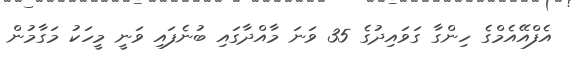
އެފްއޭއެމްގެ ހިންގާ ގަވައިދުގެ 35 ވަނަ މާއްދާގައި ބުނެފައި ވަނީ މީހަކު މަގާމުން